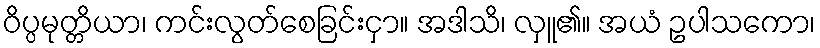
ဝိပ္ပမုတ္တိယာ၊ ကင်းလွတ်စေခြင်းငှာ။ အဒါသိ၊ လှူ၏။ အယံ ဥပါသကော၊